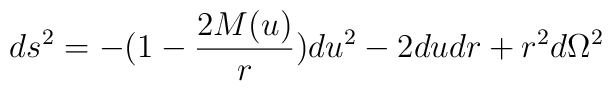
ds^2=-(1-\frac {2M(u)} r)du^2-2dudr+r^2d\Omega ^2